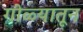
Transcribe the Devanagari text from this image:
गोळ्यातून